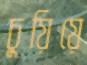
চুয়িয়ে